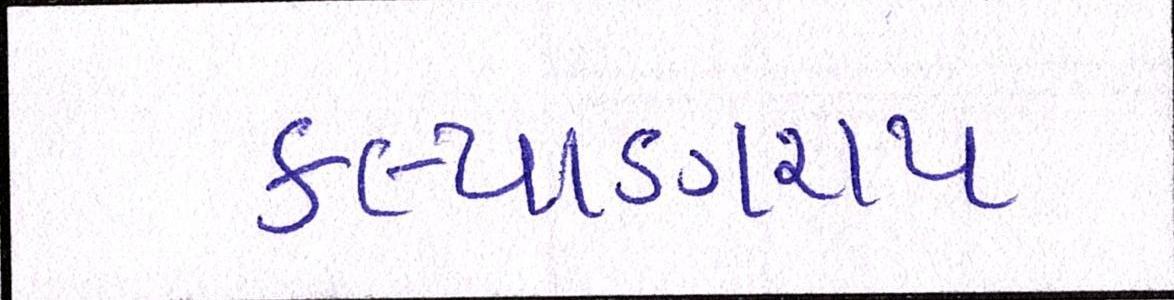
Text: કલ્યાણરાય